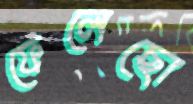
ফেলেছো